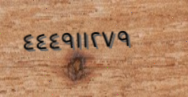
٤٤٤٩١١٢٧٩